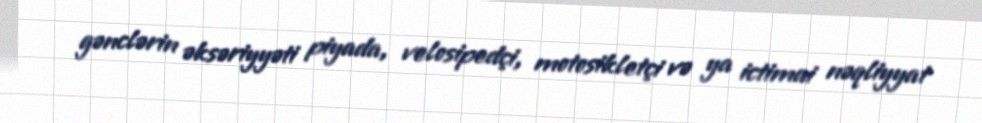
gənclərin əksəriyyəti piyada, velosipedçi, motosikletçi və ya ictimai nəqliyyat